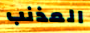
المذنب